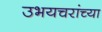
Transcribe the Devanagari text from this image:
उभयचरांच्या